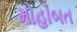
મોહોબત